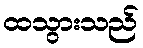
ထသွားသည်